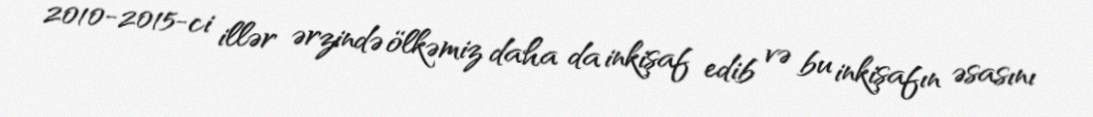
2010-2015-ci illər ərzində ölkəmiz daha da inkişaf edib və bu inkişafın əsasını